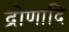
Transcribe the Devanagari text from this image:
द्रोणादि